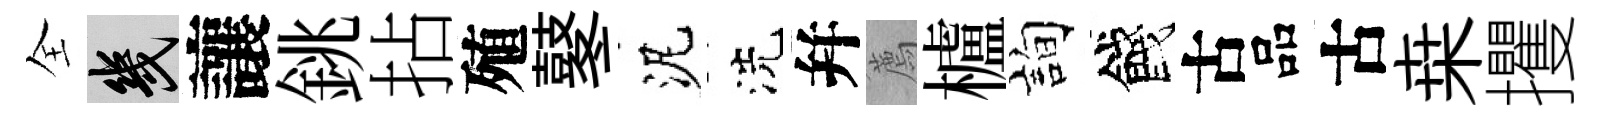
全幾讓銚拈殖鼕泥洗幷薦櫨詢餞古品古桒攫